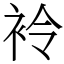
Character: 袊